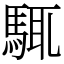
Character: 𩣘